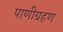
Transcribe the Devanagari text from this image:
पाणीग्रहण